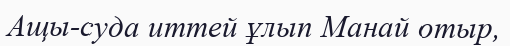
Ащы-суда иттей ұлып Манай отыр,